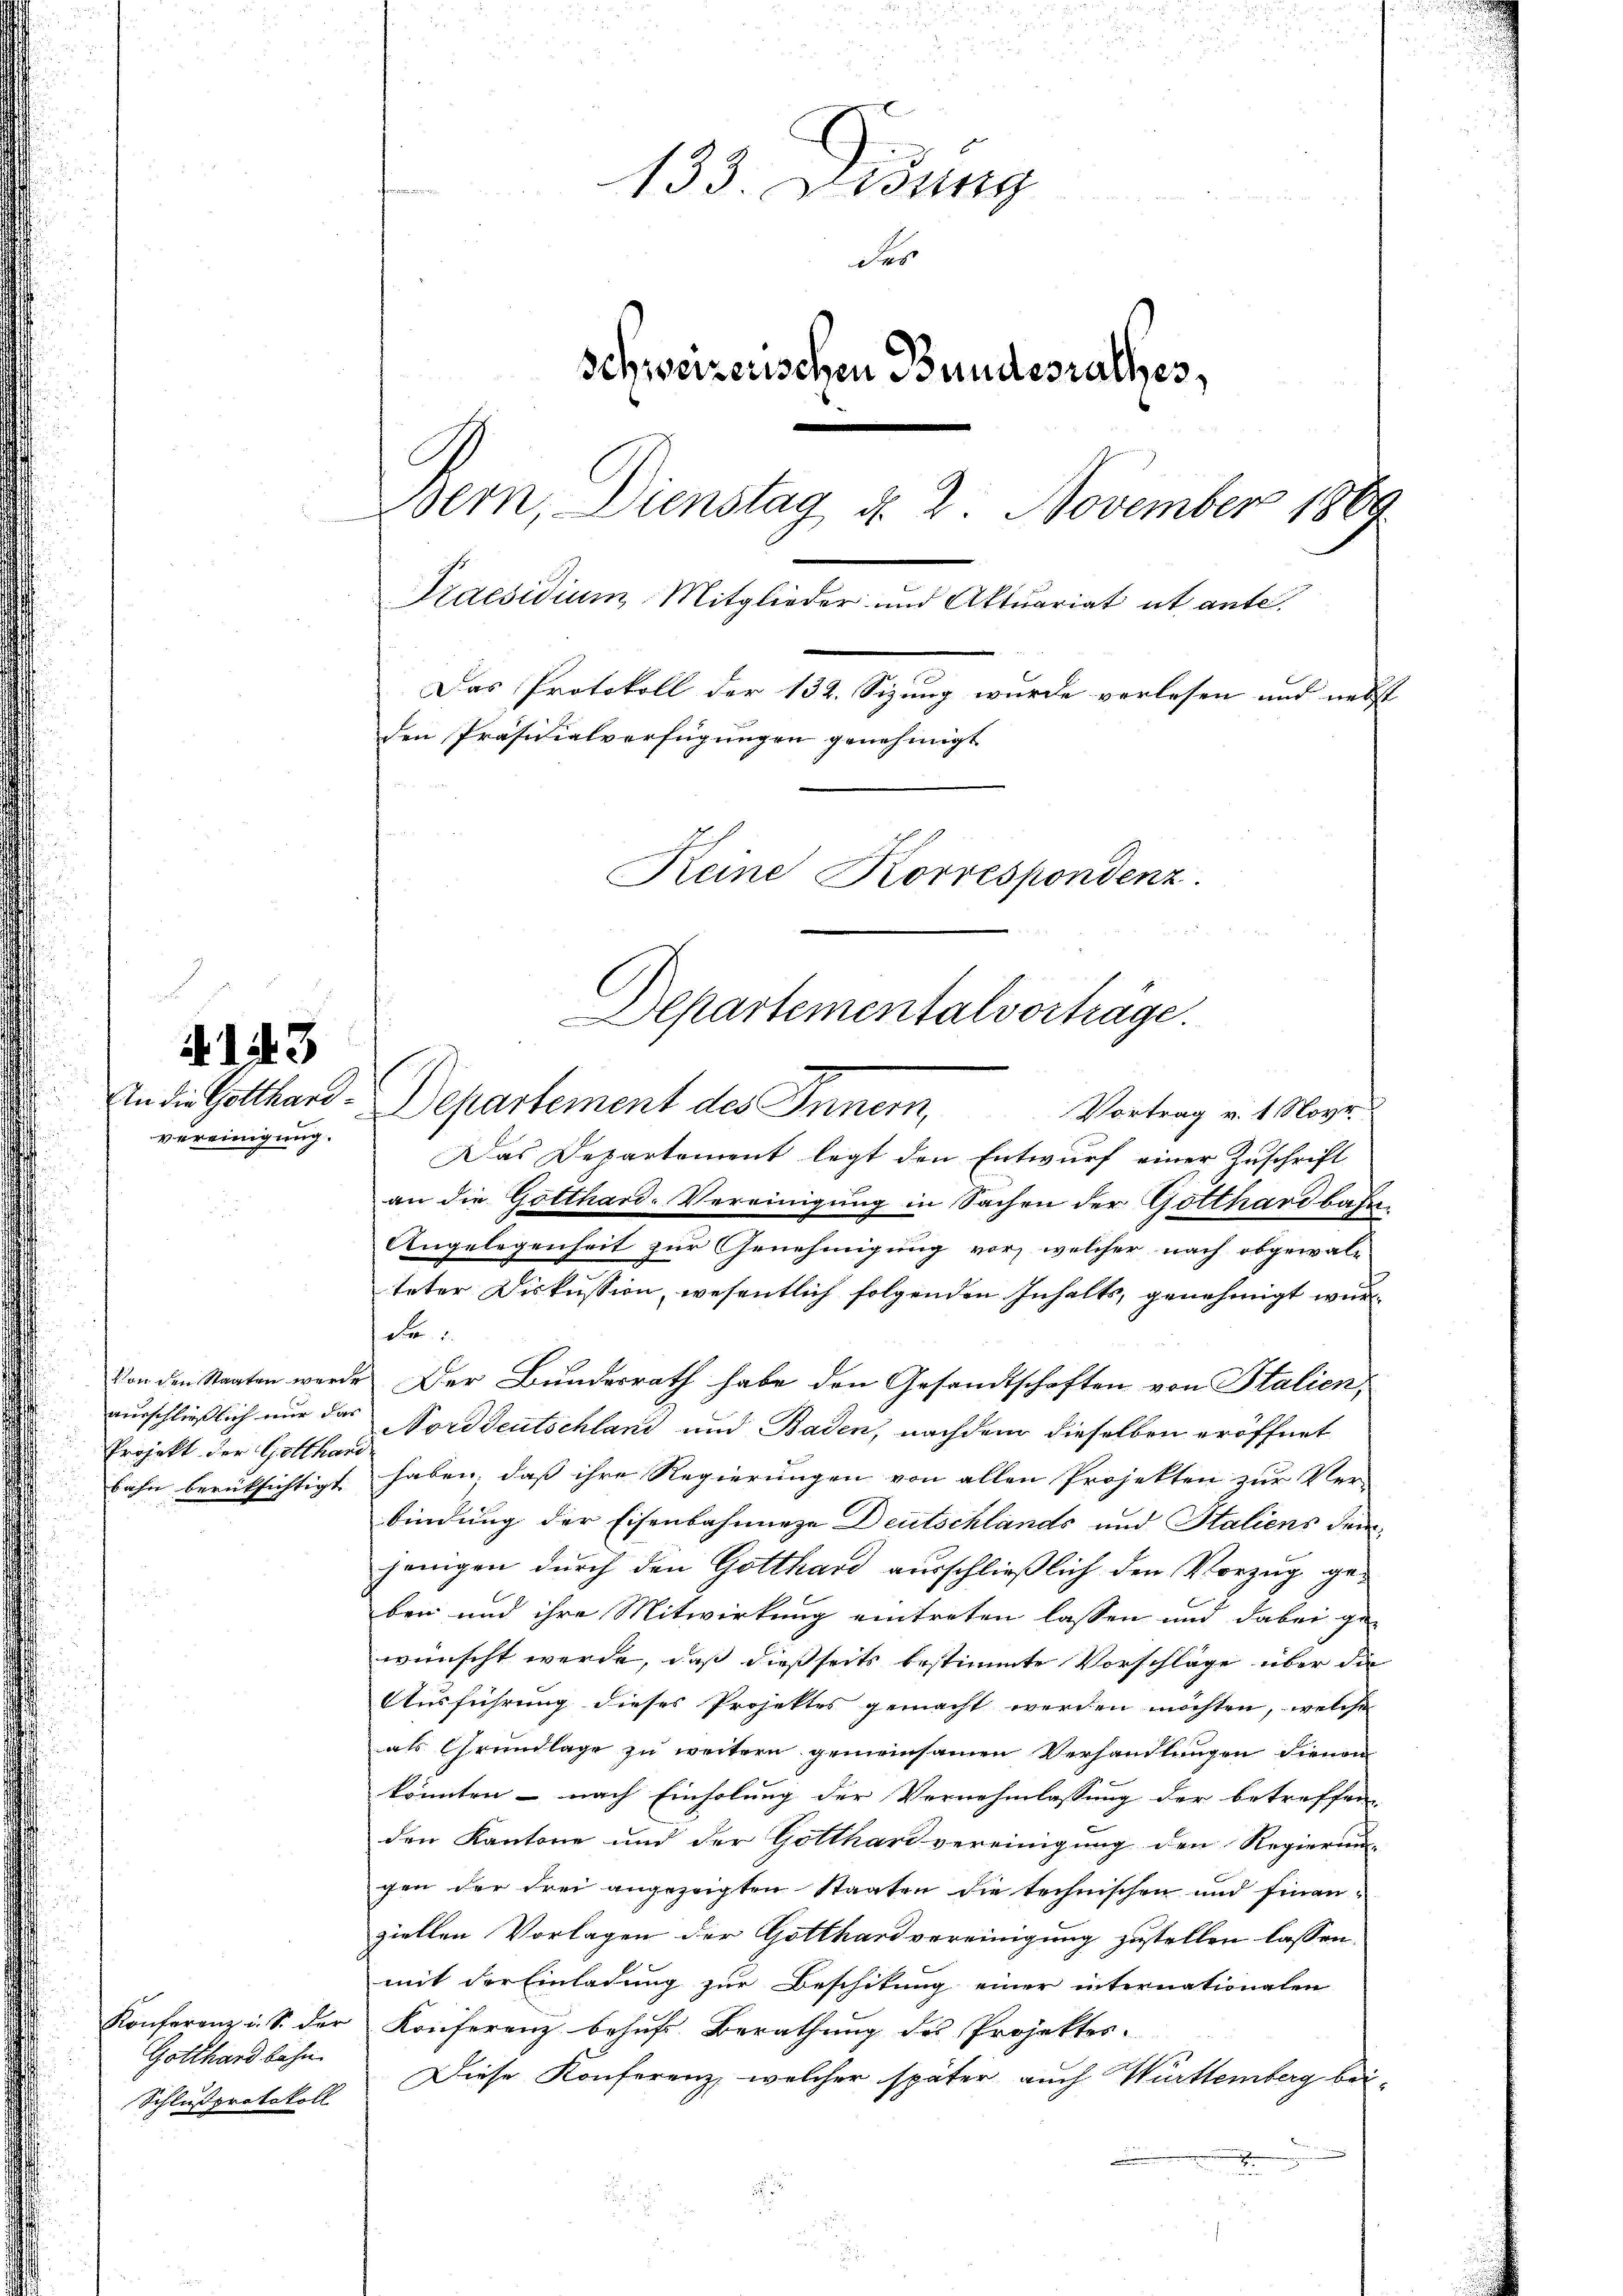
A. 143

vereinigung.

ausschließlich nur das
Projekt der Gotthard

Konferenz u. S. der
Gotthardbahn
Schlußprotokoll

133. Lesung
des
schweizerischen Bundesrathes,
Bern, Dienstag, d. 2. November 1889
Praesidium. Mitglieder und Aktuariat ut ante.
Das Protokoll der 132. Sizung wurde verlesen und nebst
den Präsidialverfügungen genehmigt.
Keine Korrespondenz.
Alpartementalvorträge.

An die Gotthard-Departement des Innern,
Vortrag v. 1. Novr
Das Departement legt den Entwurf einer Zuschrift
an die Gotthard-Vereinigung in Sachen der Gotthardbahn¬
Angelegenheit zur Genehmigung vor, welcher nach obgewal-
teter Diskussion, wesentlich folgenden Inhalts, genehmigt wurde
Von den Staaten werde. Der Bundesrath habe den Gesandtschaften von Stalien,
Norddeutschland und Baden, nachdem dieselben eröffnet
bahn berücksichtigt haben, daß ihre Regierungen von allen Projekten zur Ver-
bindung der Eisenbahnunge Deutschlands und Staliens dem
jenigen durch den Gotthard ausschließlich den Vorzug geben und ihre Mitwirkung eintreten lassen und dabei ge-
wünscht werde, daß dießseits bestimmte Vorschläge über die
Ausführung dieses Projektes gemacht werden möchten, welche
als Grundlage zu weitern gemeinsamen Verhandlungen dienen
könnten – nach Einholung der Vernehmlassung der betreffen.
den Kantone und der Gotthard vereinigung den Regierun-
gen der drei angezeigten Staaten die technischen und finan-
ziellen Vorlagen der Gotthard vereinigung zustellen lassen.
mit der Einladung zur Beschitung einer internationalen
Konferenz behufs Berathung des Projektes.
Diese Konferenz, welcher später auch Württemberg bei-
d